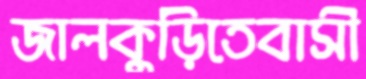
জালকুড়িতেবাসী